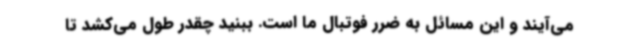
می‌آیند و این مسائل به ضرر فوتبال ما است. ببنید چقدر طول می‌کشد تا